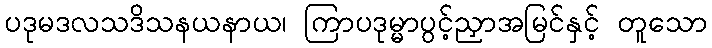
ပဒုမဒလသဒိသနယနာယ၊ ကြာပဒုမ္မာပွင့်ညှာအမြင်နှင့် တူသော